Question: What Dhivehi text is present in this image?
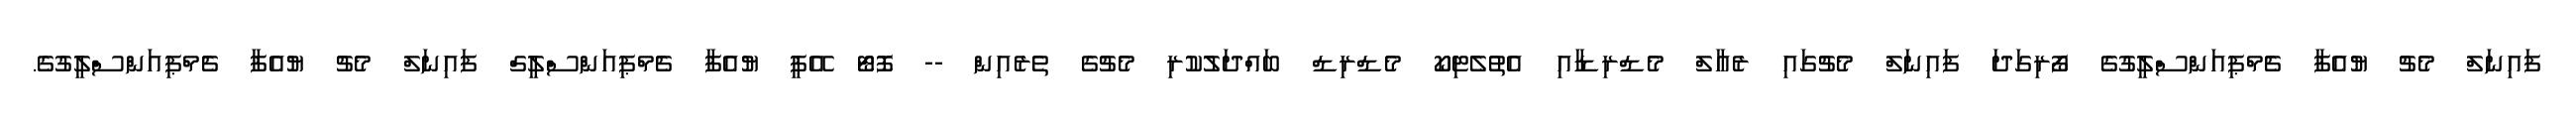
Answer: ފައިނަލް މެޗު ޔުއެފާ ޗެމްޕިއަންސްލީގުގެ ފޯރިގަދަ ފައިނަލް މެޗުގައި ރެއާލް މެޑްރިޑާއި އެތުލެޓިކޯ މެޑްރިޑް ބައްދަލުކުރި މެޗުގެ ތެރެއިން -- ފޮޓޯ އޭޕީ ޔުއެފާ ޗެމްޕިއަންސްލީގް ފައިނަލް މެޗު ޔުއެފާ ޗެމްޕިއަންސްލީގުގެ.